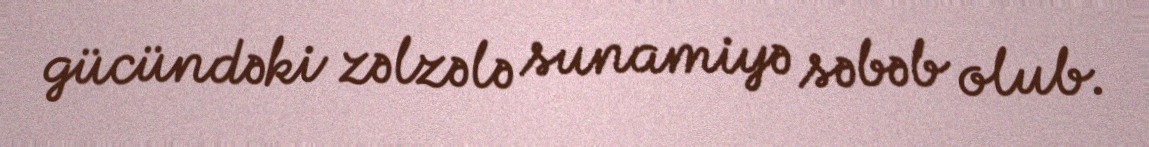
gücündəki zəlzələ sunamiyə səbəb olub.